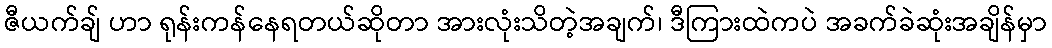
ဇီယက်ချ် ဟာ ရုန်းကန်နေရတယ်ဆိုတာ အားလုံးသိတဲ့အချက်၊ ဒီကြားထဲကပဲ အခက်ခဲဆုံးအချိန်မှာ